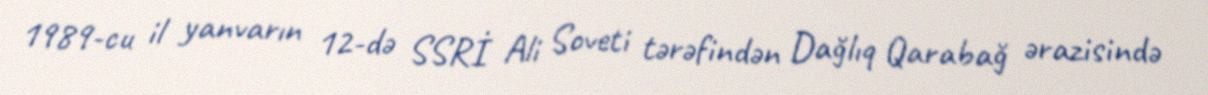
1989-cu il yanvarın 12-də SSRİ Ali Soveti tərəfindən Dağlıq Qarabağ ərazisində